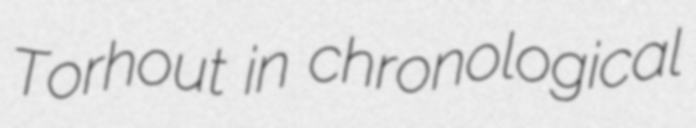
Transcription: Torhout in chronological